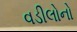
વડીલોનો